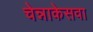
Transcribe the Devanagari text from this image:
चेन्नाकेसवा